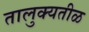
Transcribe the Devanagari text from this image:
तालुक्यतीळ